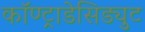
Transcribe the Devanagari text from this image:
कॉण्ट्राडेसिड्युट